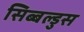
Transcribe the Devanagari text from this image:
सिब्बल्डुस